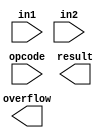
`timescale 1ns/10ps

module simple_alu(
        opcode,
        in1,
        in2,
        overflow,
        result
        );

input   [2:0]   opcode;    
input   [3:0]   in1;
input   [3:0]   in2;
output          overflow;
output  [3:0]   result;

/*---------------------------------------
              Your Code
---------------------------------------*/
endmodule